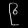
Digit: ၉